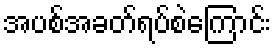
အပစ်အခတ်ရပ်စဲကြောင်း